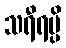
သရီရမ္ပိ